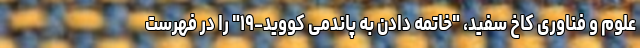
علوم و فناوری کاخ سفید، "خاتمه دادن به پاندمی کووید-۱۹" را در فهرست